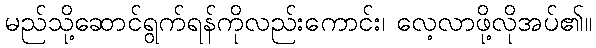
မည်သို့ဆောင်ရွက်ရန်ကိုလည်းကောင်း၊ လေ့လာဖို့လိုအပ်၏။